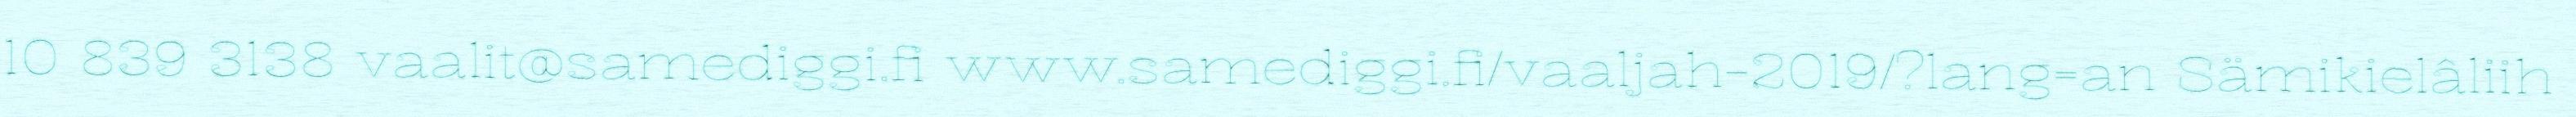
10 839 3138 vaalit@samediggi.fi www.samediggi.fi/vaaljah-2019/?lang=an Sämikielâliih